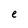
Character: e